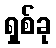
ရှစ်ခု